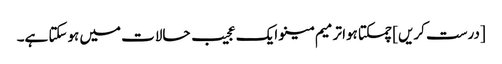
[درست کریں] چمکتا ہوا ترمیم مینو ایک عجیب حالات میں ہوسکتا ہے۔